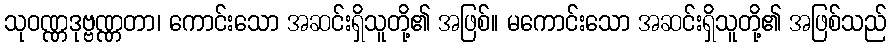
သုဝဏ္ဏဒုဗ္ဗဏ္ဏတာ၊ ကောင်းသော အဆင်းရှိသူတို့၏ အဖြစ်။ မကောင်းသော အဆင်းရှိသူတို့၏ အဖြစ်သည်